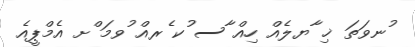
ުނވަތަ ޚި ާޔލެއް ހިއް ާސ ުކ ެރއް ުވމަ ްށ އެމްޕީއެ